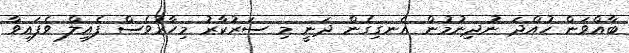
ބާއްވަން ހުއްދަ ނުދިނުމުން އެނގިގެން ދަނީ މި ސަރުކާރު މިހާރުވެސް ފެއިލް ވެފައިވާ